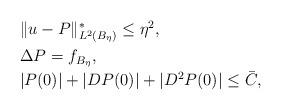
LaTeX: \begin{align*} \begin{aligned} &\|u-P\|^*_{L^2(B_{\eta})}\leq \eta^2,\\ &\Delta P=f_{B_{\eta}},\\ &|P(0)|+|DP(0)|+|D^2P(0)|\leq \bar{C}, \end{aligned}\end{align*}